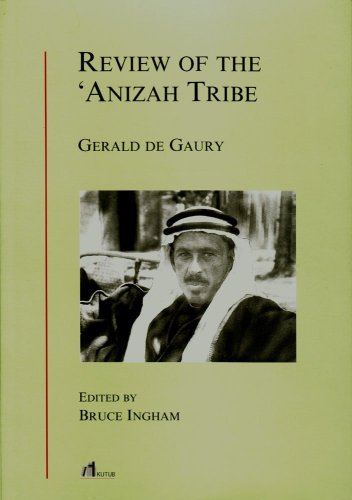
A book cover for Review of the 'Anizah Tribe; Gerald De Gaury; History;